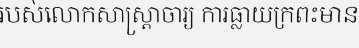
របស់លោកសាស្ត្រាចារ្យ ការធ្លាយក្រពះមាន